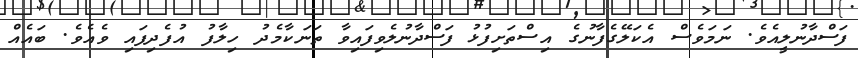
ފަސްދާނުލީއެވެ. ނަމަވެސް އެކަލޭގެފާނުގެ އިސްތަށިފުޅު ފަސްދާނުލެވިފައިވާ ތަނަކާމެދު ހިލާފު އުފެދިފައި ވެއެވެ. ބައެއް